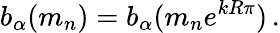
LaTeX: b_{\alpha}(m_{n})=b_{\alpha}(m_{n}e^{kR\pi})\, .